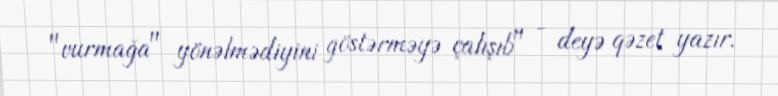
"vurmağa" yönəlmədiyini göstərməyə çalışıb" - deyə qəzet yazır.